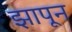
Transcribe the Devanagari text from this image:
झापून